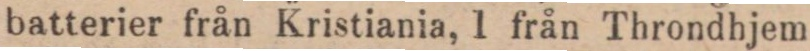
batterier från Kristiania, 1 från Throndhjem